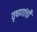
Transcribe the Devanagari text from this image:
वृषणांची